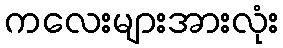
ကလေးများအားလုံး